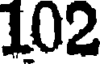
102